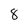
Character: 8